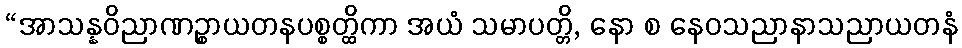
“အာသန္နဝိညာဏဉ္စာယတနပစ္စတ္ထိကာ အယံ သမာပတ္တိ, နော စ နေဝသညာနာသညာယတနံ